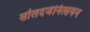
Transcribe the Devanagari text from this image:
सोलदजेनित्सयन